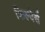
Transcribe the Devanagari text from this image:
फिल्देर्स